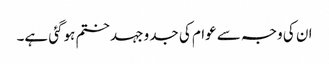
ان کی وجہ سے عوام کی جدو جہد ختم ہوگئی ہے۔